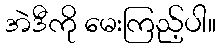
အဲဒီကို မေးကြည့်ပါ။